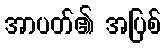
အာပတ်၏ အပြစ်